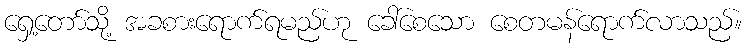
ရှေ့တော်သို့ အခစားရောက်ရမည်ဟု ခေါ်စေသော စေတမန်ရောက်လာသည်။